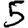
Digit: 5